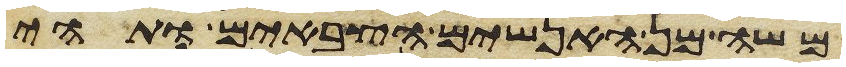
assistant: משה מן האנשים הצבאים ותהי